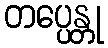
တပ္ပေန္တု